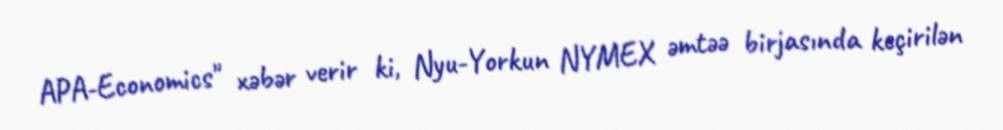
APA-Economics" xəbər verir ki, Nyu-Yorkun NYMEX əmtəə birjasında keçirilən